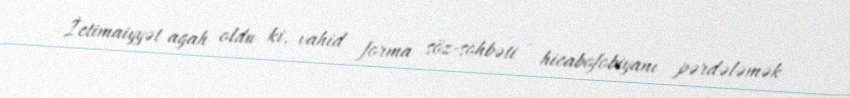
İctimaiyyət agah oldu ki, vahid forma söz-söhbəti - hicabofobiyanı pərdələmək